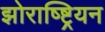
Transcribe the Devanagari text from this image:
झोराष्ष्ट्रियन